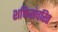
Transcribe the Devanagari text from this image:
शक्तिसंचरित